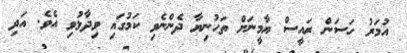
އުމަރު ހަސަން ރައީސް ޔާމީނަށް ތަހުނިޔާ ދެންނެވި ކަމުގައި ވިދާޅުވި އެވެ. އަދި